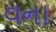
વના